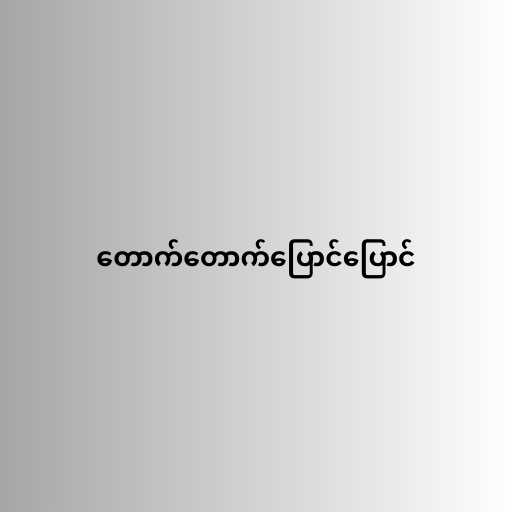
တောက်တောက်ပြောင်ပြောင်